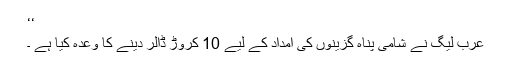
‘‘
عرب لیگ نے شامی پناہ گزینوں کی امداد کے لیے 10 کروڑ ڈالر دینے کا وعدہ کیا ہے ۔